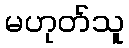
မဟုတ်သူ